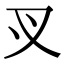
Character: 㕚